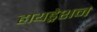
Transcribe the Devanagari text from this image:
हायड्रेशन